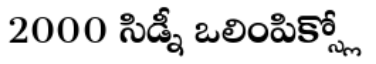
2000 సిడ్నీ ఒలింపిక్స్లో